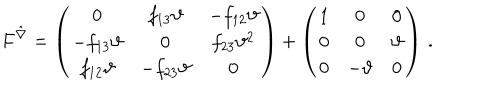
LaTeX: F ^ { \hat { \nabla } } = \left( \begin{array} { c c c } { { 0 } } & { { f _ { 1 3 } \vartheta } } & { { - f _ { 1 2 } \vartheta } } \\ { { - f _ { 1 3 } \vartheta } } & { { 0 } } & { { f _ { 2 3 } \vartheta ^ { 2 } } } \\ { { f _ { 1 2 } \vartheta } } & { { - f _ { 2 3 } \vartheta } } & { { 0 } } \\ \end{array} \right) + \left( \begin{array} { c c c } { { 1 } } & { { 0 } } & { { 0 } } \\ { { 0 } } & { { 0 } } & { { \vartheta } } \\ { { 0 } } & { { - \vartheta } } & { { 0 } } \\ \end{array} \right) \, .